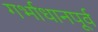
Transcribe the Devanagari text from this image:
गर्भाधानपूर्व